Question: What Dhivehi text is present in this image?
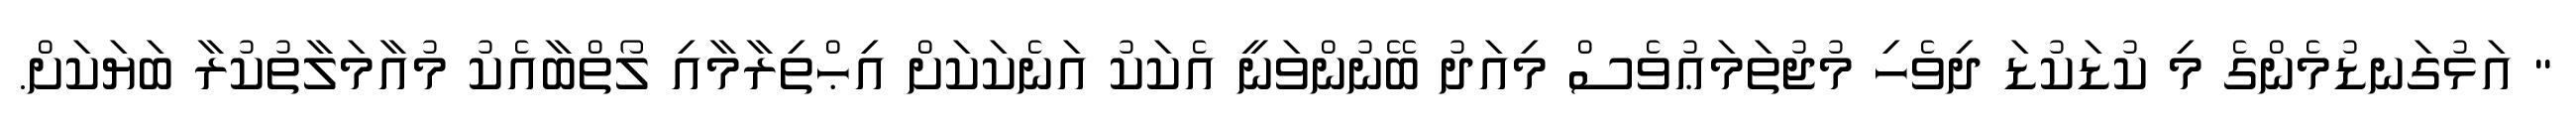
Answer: " އަޅުގަނޑުމެންގެ މި ކުޑަކުޑަ ދިވެހި މުޖުތަމަޢުވެސް މިއަދު ބޭނުންވަނީ އެކަކު އަނެކަކަށް އިޙްތިރާމާއި ލޯތްބާއެކު މުއާމަލާތުކުރާ ބަޔަކަށް.